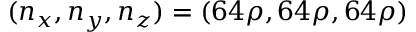
( n _ { x } , n _ { y } , n _ { z } ) = ( 6 4 \rho , 6 4 \rho , 6 4 \rho )